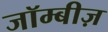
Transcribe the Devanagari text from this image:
जॉम्बीज़